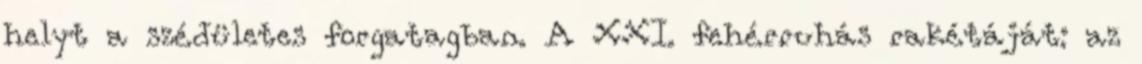
helyt a szédületes forgatagban. A XXI. fehérruhás rakétáját: az